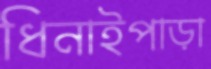
ধিনাইপাড়া